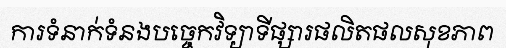
ការទំនាក់ទំនងបច្ចេកវិទ្យាទីផ្សារផលិតផលសុខភាព